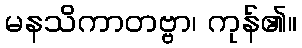
မနသိကာတဗ္ဗာ၊ ကုန်၏။